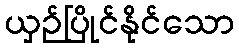
ယှဉ်ပြိုင်နိုင်သော